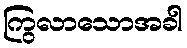
ကြွလာသောအခါ